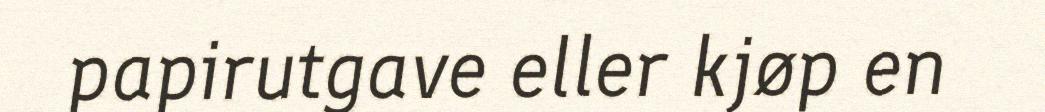
papirutgave eller kjøp en